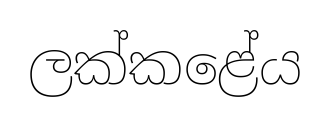
ලක්කළේය